kultuurilooline_kollektsioon, lk 50
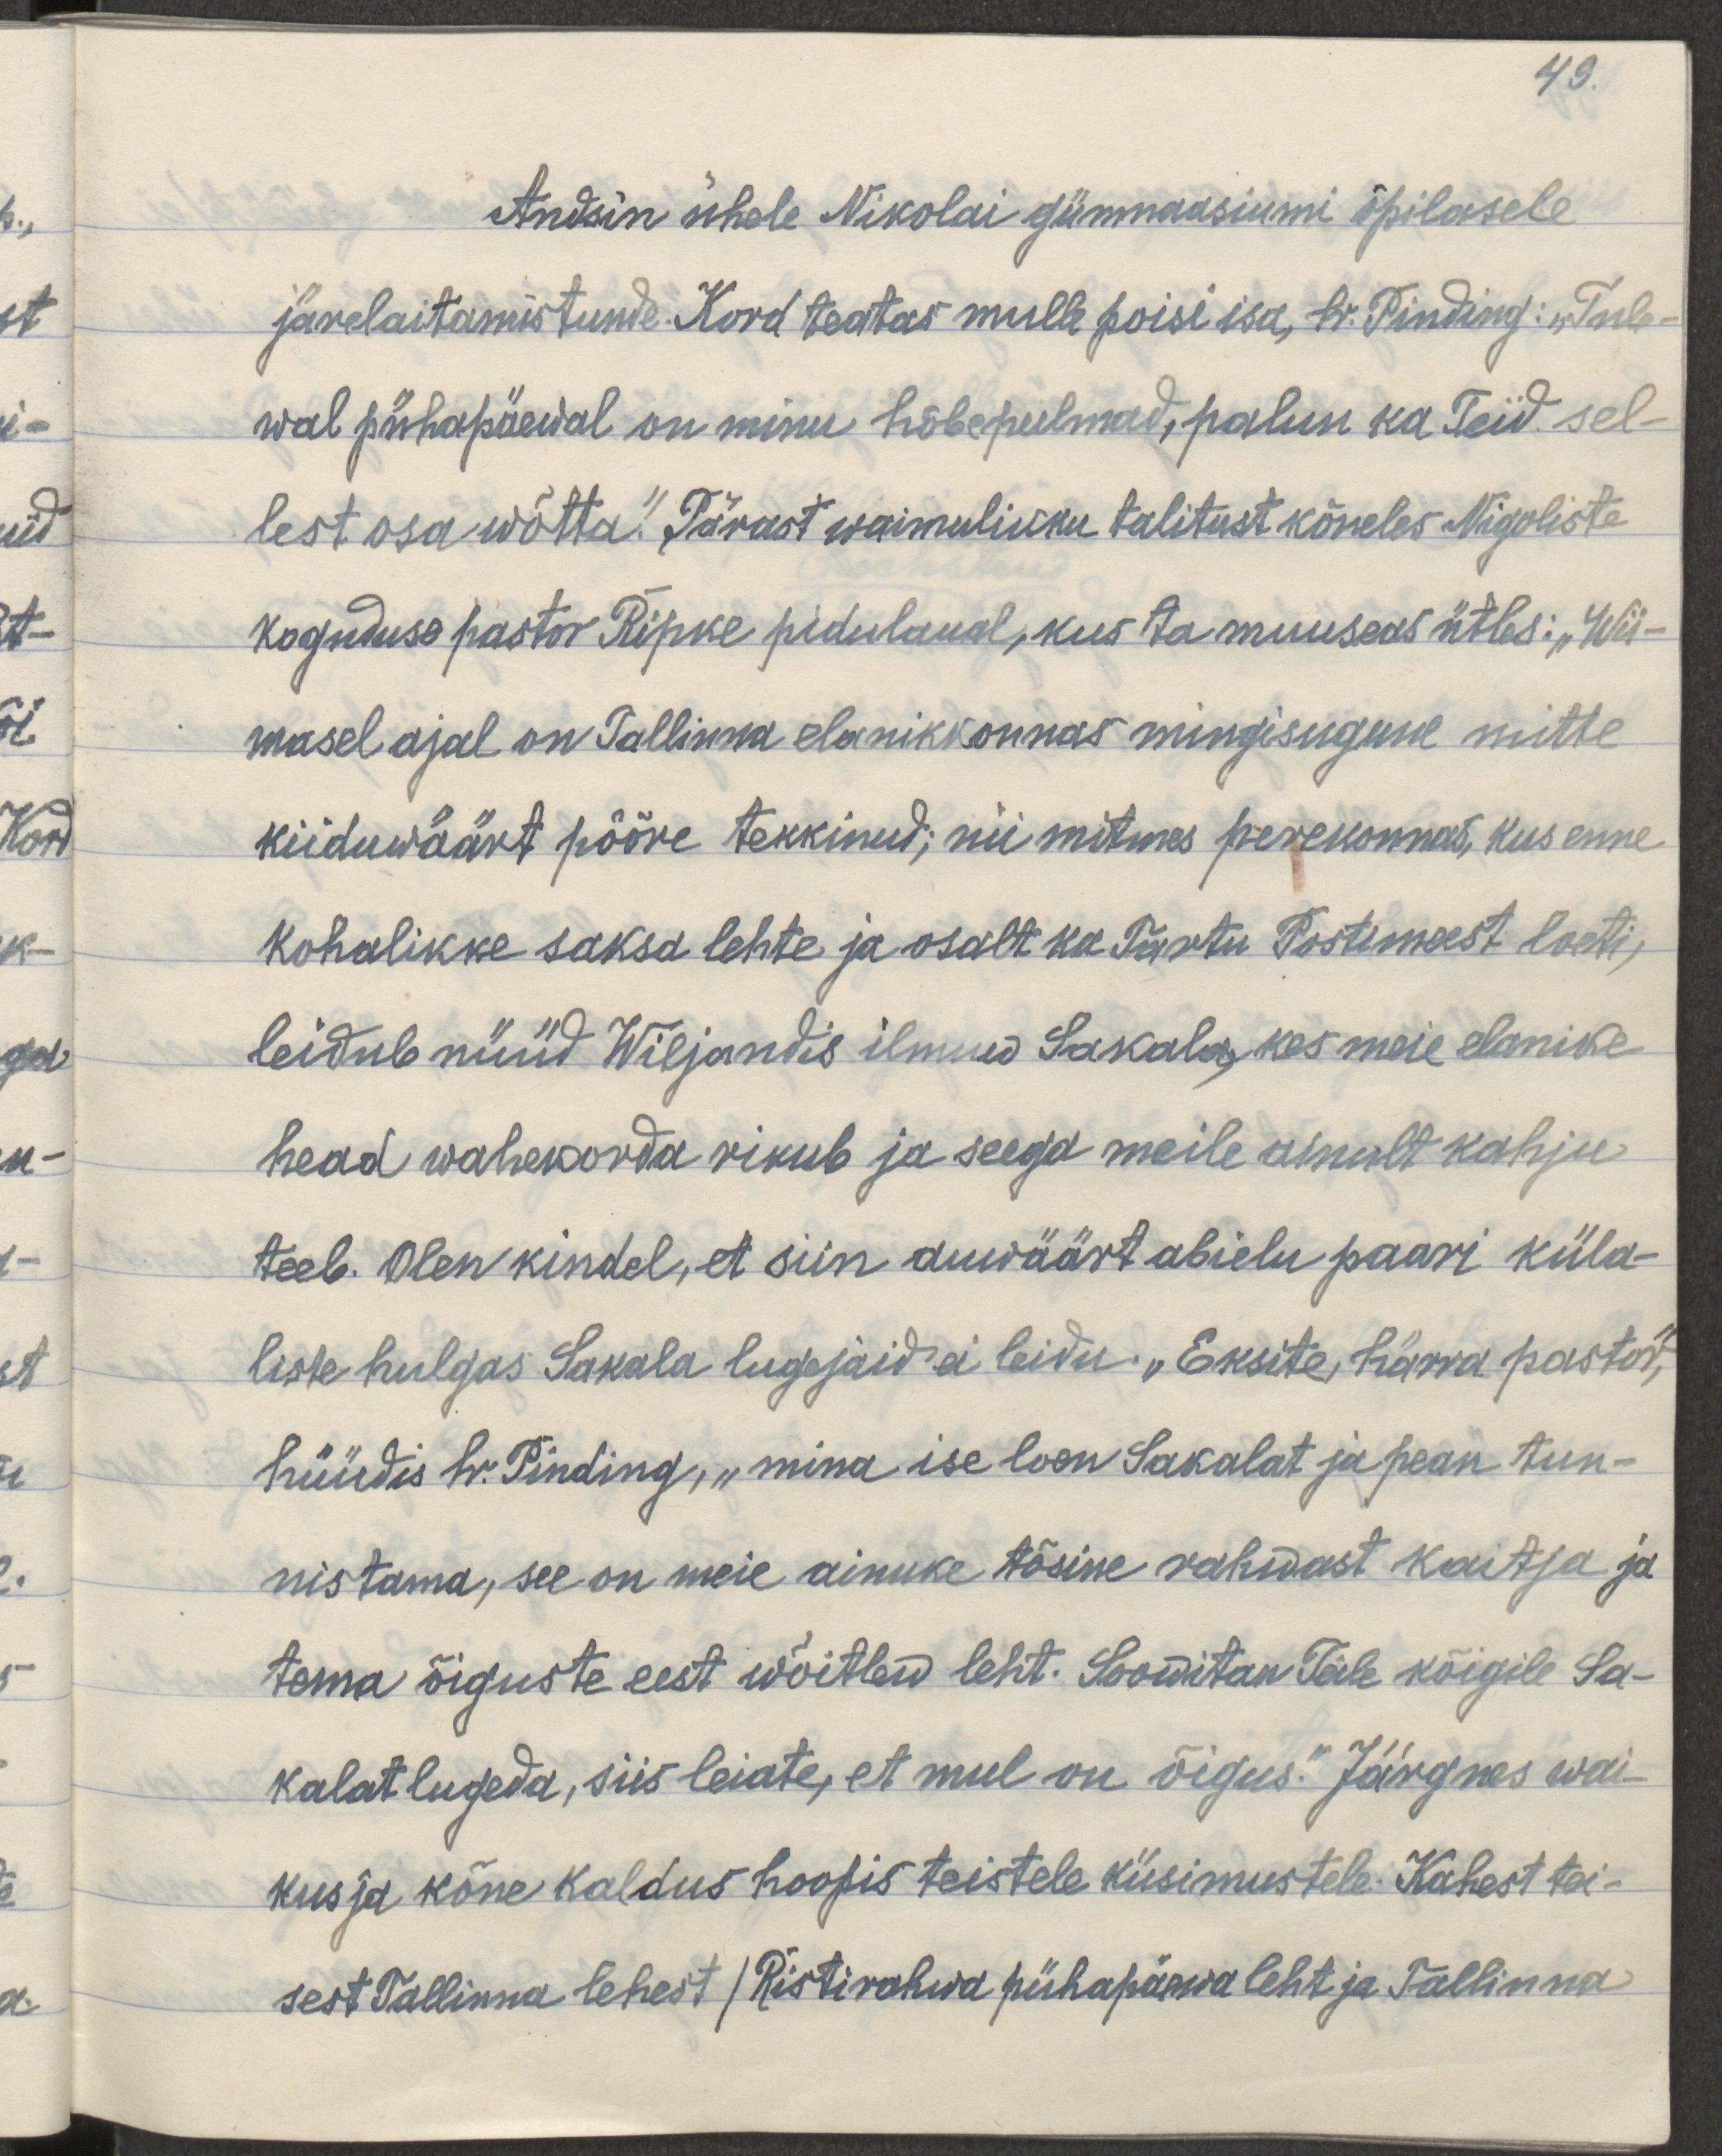
49.
Andsin ühele Nikolai gümnaasiumi õpilasele
järeleaitamistunde. Kord teatas mulle poisi isa hr. Pinding: „Tule-
wal pühapäewal on minu hõbepulmad, palun ka Teid sel-
lest osa wõtta." Pärast waimulikku talitust kõneles Nigoliste
koguduse pastor Ripke pidulaual, kus ta muuseas ütles: „Wii-
masel ajal on Tallinna elanikkonnas mingisugune mitte
kiiduwäärt pööre tekkinud; nii mitmes perekonnas, kus enne
kohalikke saksa lehte ja osalt ka Tartu Postimeest loeti,
leidub nüüd Wiljandis ilmuw Saksala, kes meie elanike
head wahekorda rikub ja seega meile ainult kahju
teeb. Olen kindel, et siin auwäärt abielupaari küla-
liste hulgas Sakala lugejaid ei leidu. „Eksite, härra pastor,"
hüüdis hr. Pinding, „mina ise loen Sakalat ja pean tun-
nistama, see on meie tõsine rahwast kaitsja ja 
tema õiguste eest wõitlew leht. Soowitan Teile kõigile Sa-
kalat lugeda, siis leiate, et mul on õigus." Järgnes wai-
kus ja kõne kaldus hoopis teistele küsimustele. Kahest tei-
sest Tallinna lehest / Ristirahwa pühapäewa leht ja Tallinna